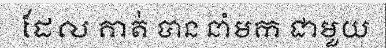
ដែល គាត់ បាន នាំមក ជាមួយ